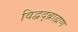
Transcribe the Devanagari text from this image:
विद्वद्ब्राह्मण